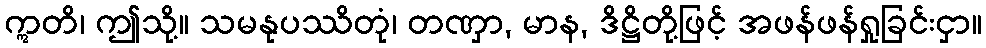
ဣတိ၊ ဤသို့။ သမနုပဿိတုံ၊ တဏှာ, မာန, ဒိဋ္ဌိတို့ဖြင့် အဖန်ဖန်ရှုခြင်းငှာ။